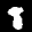
Label: 8